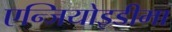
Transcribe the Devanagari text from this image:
एन्जियोइडीमा